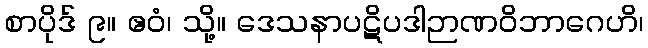
စာပိုဒ် ၉။ ဧဝံ၊ သို့။ ဒေသနာပဋိပဒါဉာဏဝိဘာဂေဟိ၊